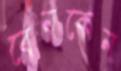
বেনকেন